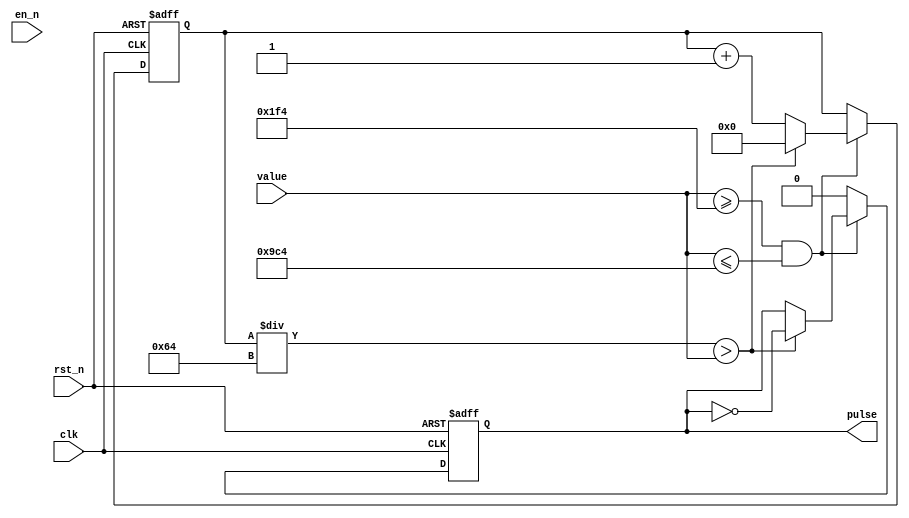
module pulseDriver  #(
    parameter minPulse = 500,
              maxPulse = 2500,
              clkDiv = 100
    )
    (
    input wire [11:0] value,
    input wire clk, rst_n, en_n,
    output reg pulse
    );
    
    reg [19:0] counter; // 20 bit counter. ( divide by 100 to account for 100mhz clock
    
    always @ (posedge clk, negedge rst_n)
    begin
        if(~rst_n)
        begin
            pulse <= 0;
            counter <= 5'h0_0000;
        end
        else
        begin
            if(value >= minPulse && value <= maxPulse)
            begin
                counter <= counter+1;
                if(counter/clkDiv > value)
                begin
                    counter <= 5'h0_0000;
                    pulse <= ~pulse;
                end
            end
            else
                pulse <= 0;
        end
    end
    
endmodule